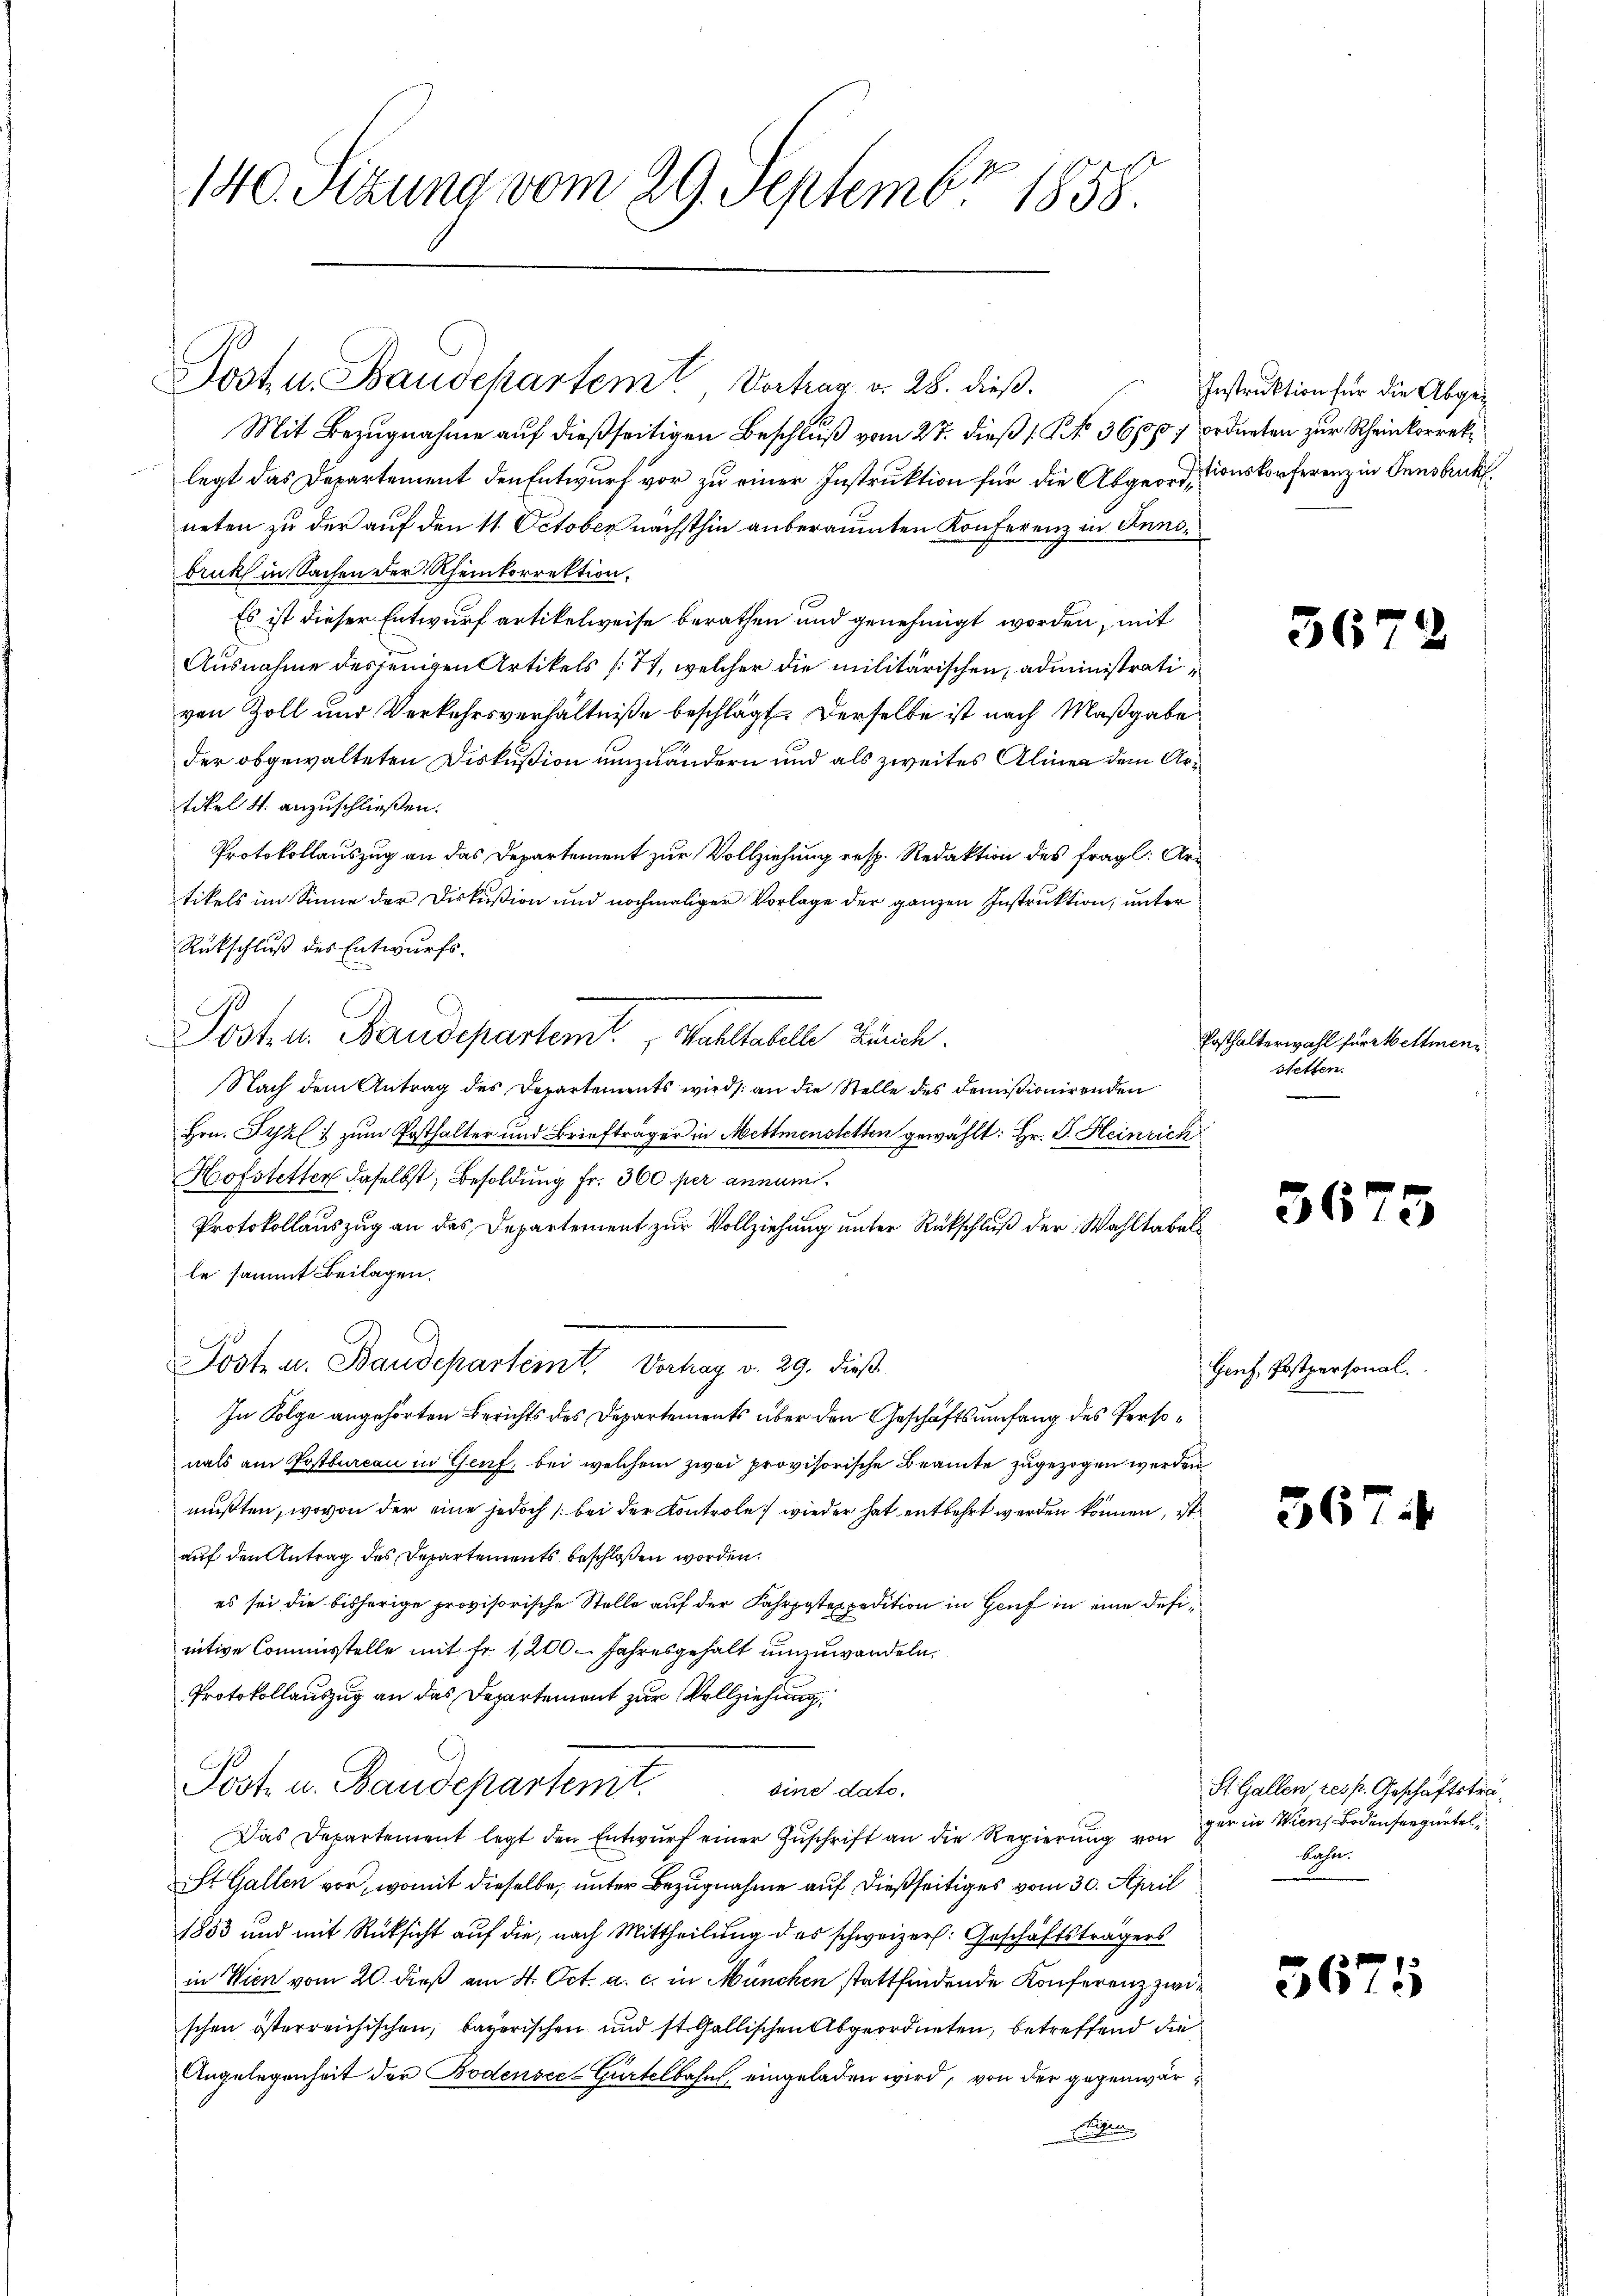
140. Sezung vom 29. Septembr 1858.

Post u. Baudepartem Vortrag v. 28. dieß.
Mit Bezugnahme auf dießseitigen Beschluß vom 27. dieß 1 Kk. 3600, ordneten zur Rheinkorreklegt das Departement den Entwurf vor zu einer Instruktion für die Abgeord-tionskonferenz in Innsbruck,
neten zu der auf den 11. October nächsthin anberäumten Konferenz in Annibruck in Sachen der Rheinkorrektion,
Es ist dieser Entwurf artikelweise berathen und genehmigt worden, mit
Ausnahme desjenigen Artikels (77, welcher die militärischen, administrativon Zoll und Verkehrsverhältniße beschlägt. Derselbe ist nach Maßgabe
der obgewalteten Diskußion umzuändern und als zweites Alinen dem Artikel 4. anzuschließen.
Protokollauszug an das Departement zur Vollziehung resp. Redaktion des fragl. Artikels im Sinne der Diskußion und nochmaliger Vorlage der ganzen Instruktion, unter
Rückschluß des Entwurfs.
Post in Baudepartemt. Walthatelle Zürch.
Nach dem Antrag des Departements wird an die Stelle des Domisionirenden
Hrn. Syz zum Posthalter und Briefträger in Mettmenstetten gewählt: Hr. P. Heinrich
Hofstetter daselbst, Besoldung Fr. 300 per annum.
Protokollauszug an des Departement zur Vollziehung unter Rückschluß der Wahltabels
le sammt Beilagen.
Poste u. Baudeparteit Vorhag v. 29. dieß
In Folge angehörten Berichts des Departements über den Geschäftsumfang des Personals am Postbureau in Genf, bei welchem zwei provisorische Beamte zugezogen werden
mußten, wovon der eine jedoch (bei der Kontrole: wieder hat entbehrt werden können, ist
auf den Antrag des Departements beschloßen worden.
es sei die bisherige provisorische Stelle auf der Fahrpostexpedition in Genf in eine definitive Commisstelle mit Fr. 1200 Jahresgehalt umzuwandeln.
Protokollauszug an das Departement zur Vollziehung
Jost u. Baudepartemt.
dine dato.
Das Departement legt den Entwurf einer Zuschrift an die Regierung von
St. Gallen vor, womit dieselbe, unter Bezugnahme auf dießseitiges vom 30. April
1853 und mit Rücksicht auf die, nach Mittheilung des schweizer. Geschäftsträgers
in Wien vom 20. dieß am 4. Oct. a. c. in München stattfindende Konferenz zwischen österreichischen, bayerischen und st. Gallischen Abgeordneten, betreffend die
Angelegenheit der Bodensee-Gürtelbahn eingeladen wird, von der gegenwäre
.

Instruktion für die Abge¬

Posthalterwahl für Mettmenstetten.

36

36

Genf, Postpersonal.

36

St. Gallen, resp. Geschäftsträgur in Wien Bodenseegürtel
bahn.

36

1